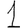
Digit: 1